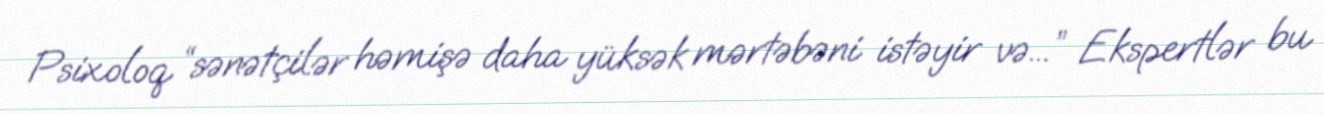
Psixoloq “sənətçilər həmişə daha yüksək mərtəbəni istəyir və...” Ekspertlər bu